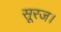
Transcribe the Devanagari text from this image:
सूरज।